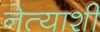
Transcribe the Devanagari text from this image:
नेत्याशी